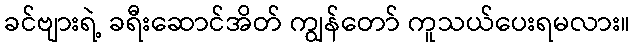
ခင်ဗျားရဲ့ ခရီးဆောင်အိတ် ကျွန်တော် ကူသယ်ပေးရမလား။